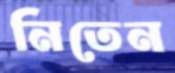
নিতেন